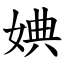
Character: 婰